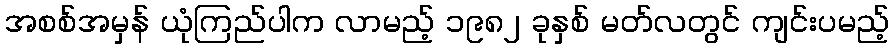
အစစ်အမှန် ယုံကြည်ပါက လာမည့် ၁၉၈၂ ခုနှစ် မတ်လတွင် ကျင်းပမည့်